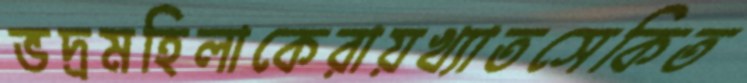
ভদ্রমহিলাকেরায়খ্যাতসেকিত